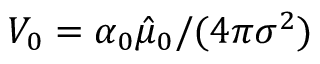
V _ { 0 } = \alpha _ { 0 } \hat { \mu } _ { 0 } / ( 4 \pi \sigma ^ { 2 } )